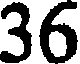
36